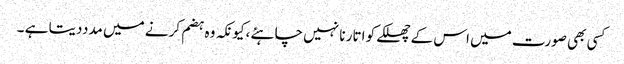
کسی بھی صورت میں اس کے چھلکے کو اتار نا نہیں چاہئے ،کیونکہ وہ ہضم کرنے میں مدددیتا ہے ۔